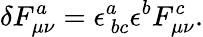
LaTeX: \delta F_{\mu\nu}^{a}=\epsilon_{\ bc}^{a}\epsilon^{b}F_{\mu\nu}^{c}.